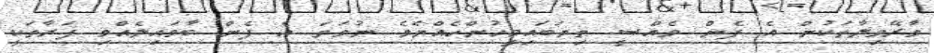
ވާރޭވިލާތަކުން އެ ފެން ވެއްސީ ތިޔަބައިމީހުންހެއްޔެވެ ނުވަތަ އެެ ފެން ބާވައިލެއްވި ފަރާތަކީ